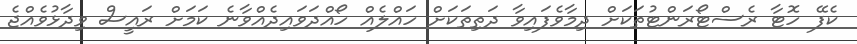
ކެފޭ ހޮޓާ ރެސްޓޯރަންޓުތަކަށް ދިމާވެފައިވާ ދަތިތަކަށް ހައްލެއް ހޯއްދަވައިދެއްވާނެ ކަމަށް ރައީސް ވިދާޅުވެއްޖެ